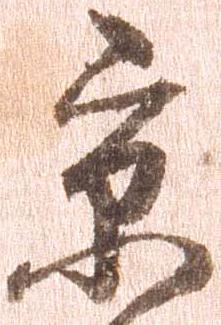
京